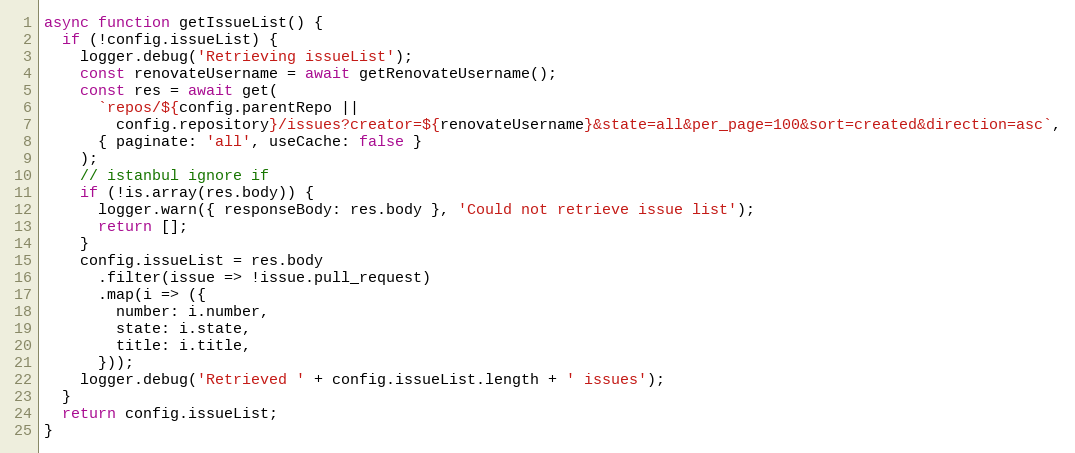
Language: JavaScript
async function getIssueList() {
  if (!config.issueList) {
    logger.debug('Retrieving issueList');
    const renovateUsername = await getRenovateUsername();
    const res = await get(
      `repos/${config.parentRepo ||
        config.repository}/issues?creator=${renovateUsername}&state=all&per_page=100&sort=created&direction=asc`,
      { paginate: 'all', useCache: false }
    );
    // istanbul ignore if
    if (!is.array(res.body)) {
      logger.warn({ responseBody: res.body }, 'Could not retrieve issue list');
      return [];
    }
    config.issueList = res.body
      .filter(issue => !issue.pull_request)
      .map(i => ({
        number: i.number,
        state: i.state,
        title: i.title,
      }));
    logger.debug('Retrieved ' + config.issueList.length + ' issues');
  }
  return config.issueList;
}